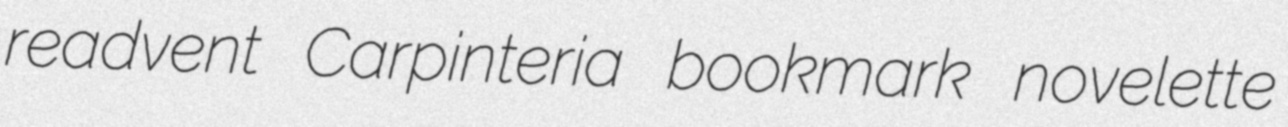
readvent Carpinteria bookmark novelette